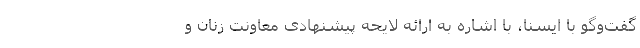
گفت‌وگو با ایسنا، با اشاره به ارائه لایحه پیشنهادی معاونت زنان و